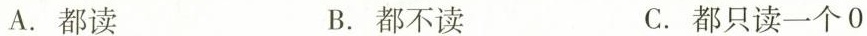
A.都读 B.都不读 C.都只读一个0